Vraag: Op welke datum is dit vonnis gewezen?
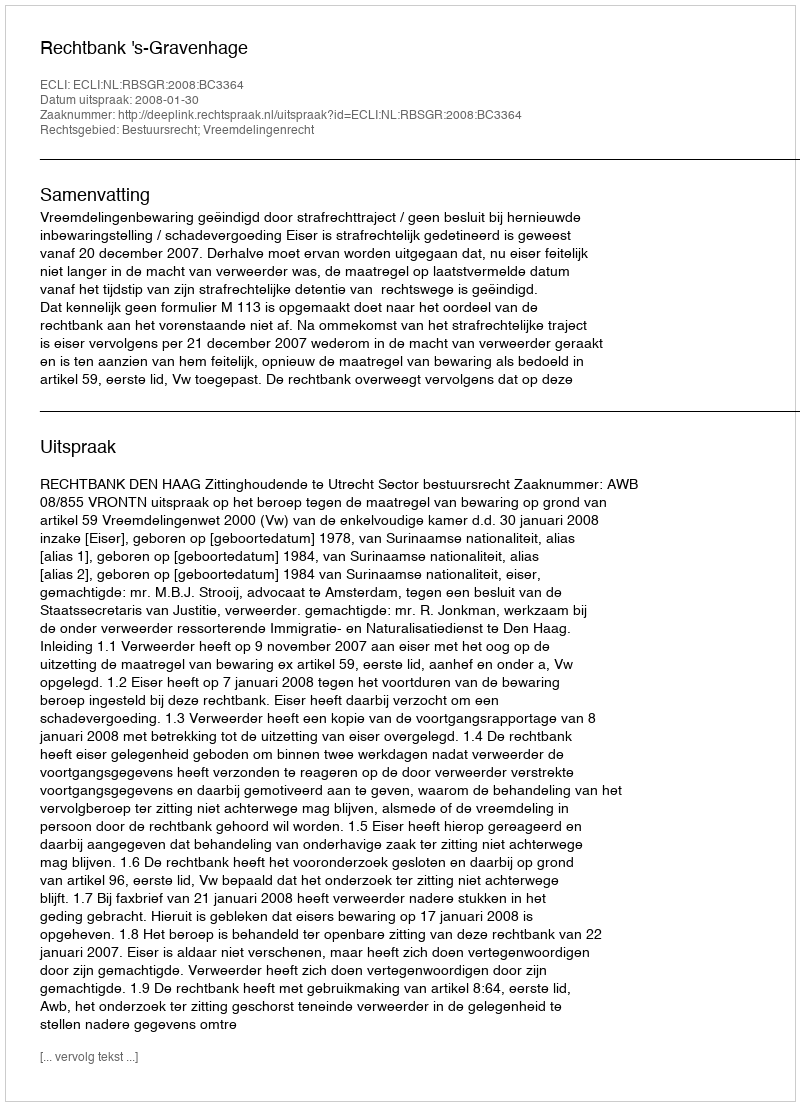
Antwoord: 2008-01-30